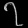
Digit: ၇